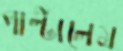
পাল্‌টালেম